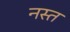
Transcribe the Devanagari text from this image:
नस्त